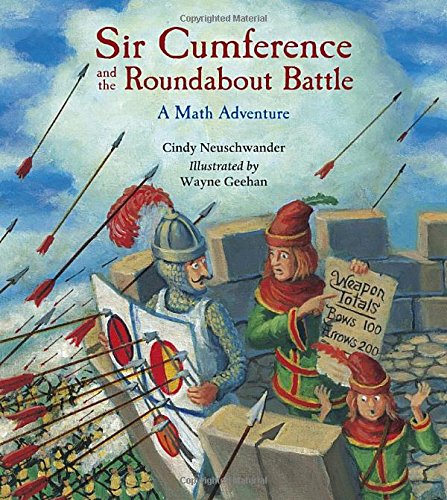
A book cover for Sir Cumference and the Roundabout Battle; Cindy Neuschwander; Science & Math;